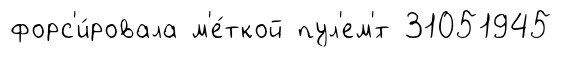
форс'и́ровала м'е́ткой пул'ем'́т 31051945